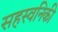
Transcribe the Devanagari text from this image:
सहस्वनिकी